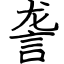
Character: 詟